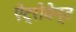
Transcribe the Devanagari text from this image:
ऐट्रोवेन्ट